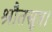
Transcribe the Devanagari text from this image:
श्रौतसूत्र।